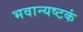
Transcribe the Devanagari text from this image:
भवान्यष्टकं